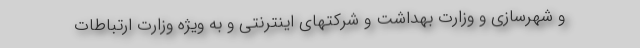
و شهرسازی و وزارت بهداشت و شرکتهای اینترنتی و به ویژه وزارت ارتباطات